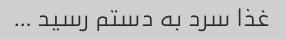
غذا سرد به دستم رسید …